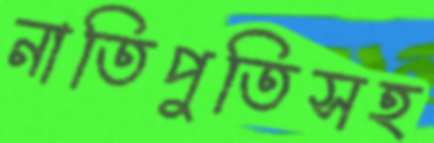
নাতিপুতিসহ